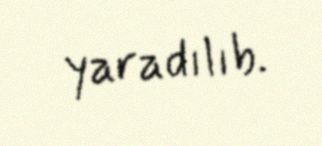
yaradılıb.